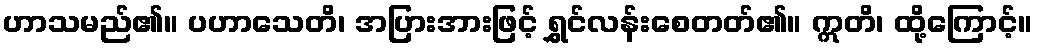
ဟာသမည်၏။ ပဟာသေတိ၊ အပြားအားဖြင့် ရွှင်လန်းစေတတ်၏။ ဣတိ၊ ထို့ကြောင့်။